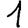
Digit: 1